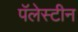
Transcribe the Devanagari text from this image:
पॅलेस्टीन